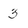
Character: 3